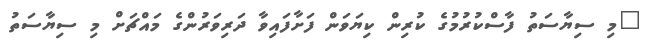
"މި ސިޔާސަތު ފާސްކުރުމުގެ ކުރިން ކިޔަވަން ފަށާފައިވާ ދަރިވަރުންގެ މައްޗަށް މި ސިޔާސަތު